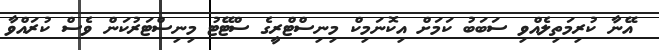
އޭނާ ކުރިމަތިލެއްވި ސަބަބު ކަމަށް އިކޮނަމިކް މިނިސްޓްރީގެ ސްޓޭޓު މިނިސްޓަރުކަން ވެސް ކުރައްވާ